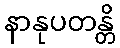
နာနုပတန္တိ